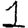
Digit: 1